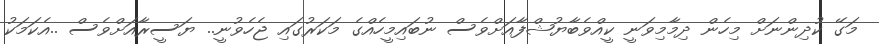
މަގޭ ކުދިންނަށް މިހެން ދިމާމިވަނީ ކީއްވެބާޔުޝްފާއަށްވެސް ނުބައިމީހެއްގެ މަކަރުގައި ޖެހެވުނީ.. ޔަސީރާއަށްވެސް ..އެކަމަކު